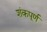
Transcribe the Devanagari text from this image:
शंकपूर्ण